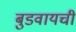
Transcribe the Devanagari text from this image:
बुडवायची